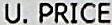
U.PRICE